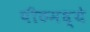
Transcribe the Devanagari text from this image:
पीठमध्ये